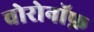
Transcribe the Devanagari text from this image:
वोरोनॉफ़